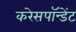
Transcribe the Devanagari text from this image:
करेसपॉन्डेंट